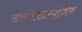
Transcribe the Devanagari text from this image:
डायरेक्टम्युज़िक